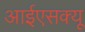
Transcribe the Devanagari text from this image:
आईएसक्यू